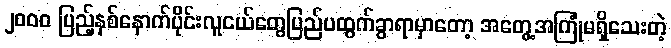
၂၀၀၀ ပြည့်နှစ်နောက်ပိုင်းလူငယ်တွေပြည်ပထွက်ခွာရာမှာတော့ အတွေ့အကြုံမရှိသေးတဲ့